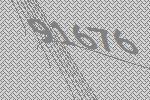
91676